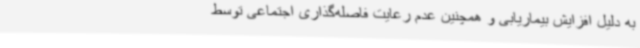
به دلیل افزایش بیماریابی و همچنین عدم رعایت فاصله‌گذاری اجتماعی توسط